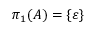
\pi _ { 1 } ( { \cal { A } } ) = \{ \varepsilon \}